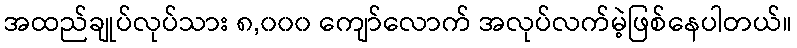
အထည်ချုပ်လုပ်သား ၈,၀၀၀ ကျော်လောက် အလုပ်လက်မဲ့ဖြစ်နေပါတယ်။